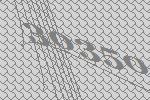
30350